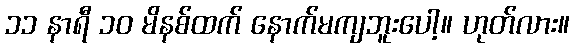
၁၁ နာရီ ၁၀ မိနစ်ထက် နောက်မကျဘူးပေါ့။ ဟုတ်လား။